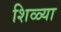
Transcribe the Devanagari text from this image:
शिळ्या